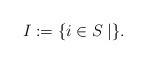
LaTeX: \begin{align*}I:=\{i\in S\mid \}.\end{align*}